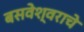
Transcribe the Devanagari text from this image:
बसवेश्वराचे